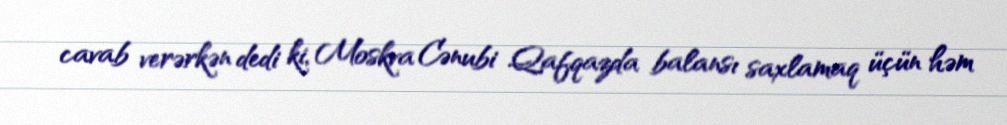
cavab verərkən dedi ki, Moskva Cənubi Qafqazda balansı saxlamaq üçün həm